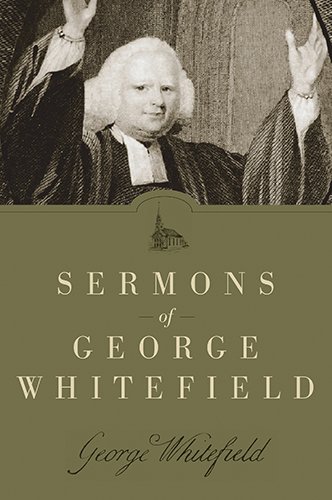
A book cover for Sermons of George Whitefield; George Whitefield; Christian Books & Bibles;